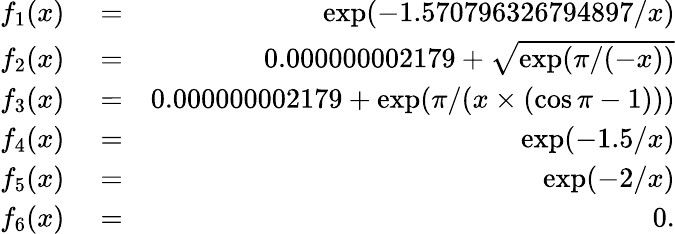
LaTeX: \begin{array}{rlr}{f_{1}(x)}&{{}=}&{\exp(-1.570796326794897/x)}\\ {f_{2}(x)}&{{}=}&{0.000000002179+\sqrt{\exp(\pi/(-x))}}\\ {f_{3}(x)}&{{}=}&{0.000000002179+\exp(\pi/(x\times(\cos\pi-1)))}\\ {f_{4}(x)}&{{}=}&{\exp(-1.5/x)}\\ {f_{5}(x)}&{{}=}&{\exp(-2/x)}\\ {f_{6}(x)}&{{}=}&{0.}\end{array}